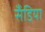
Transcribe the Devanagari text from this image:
सँडिया